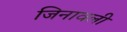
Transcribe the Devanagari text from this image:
जिनावली